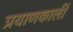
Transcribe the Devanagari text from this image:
प्रयाणकालीं